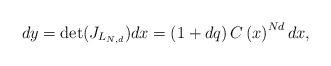
LaTeX: \begin{align*}dy=\det(J_{L_{N,d}})dx=\left( 1+dq\right) C\left( x\right) ^{Nd}dx,\end{align*}